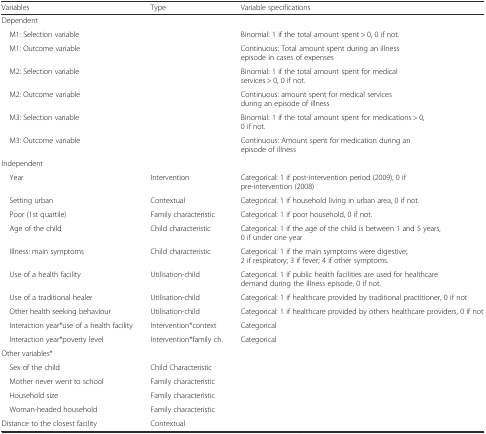
<table><thead><tr><td><b>Variables</b></td><td><b>Type</b></td><td><b>Variable specifications</b></td></tr></thead><tbody><tr><td>Dependent</td><td></td><td></td></tr><tr><td> M1: Selection variable</td><td></td><td>Binomial: 1 if the total amount spent &gt; 0, 0 if not.</td></tr><tr><td> M1: Outcome variable</td><td></td><td>Continuous: Total amount spent during an illness episode in cases of expenses</td></tr><tr><td> M2: Selection variable</td><td></td><td>Binomial: 1 if the total amount spent for medical services &gt; 0, 0 if not.</td></tr><tr><td> M2: Outcome variable</td><td></td><td>Continuous: amount spent for medical services during an episode of illness</td></tr><tr><td> M3: Selection variable</td><td></td><td>Binomial: 1 if the total amount spent for medications &gt; 0, 0 if not.</td></tr><tr><td> M3: Outcome variable</td><td></td><td>Continuous: Amount spent for medication during an episode of illness</td></tr><tr><td>Independent</td><td></td><td></td></tr><tr><td> Year</td><td>Intervention</td><td>Categorical: 1 if post-intervention period (2009), 0 if pre-intervention (2008)</td></tr><tr><td> Setting urban</td><td>Contextual</td><td>Categorical: 1 if household living in urban area, 0 if not.</td></tr><tr><td> Poor (1st quartile)</td><td>Family characteristic</td><td>Categorical: 1 if poor household, 0 if not.</td></tr><tr><td> Age of the child</td><td>Child characteristic</td><td>Categorical: 1 if the age of the child is between 1 and 5 years, 0 if under one year</td></tr><tr><td> Illness: main symptoms</td><td>Child characteristic</td><td>Categorical: 1 if the main symptoms were digestive; 2 if respiratory; 3 if fever; 4 if other symptoms.</td></tr><tr><td> Use of a health facility</td><td>Utilisation-child</td><td>Categorical: 1 if public health facilities are used for healthcare demand during the illness episode, 0 if not.</td></tr><tr><td> Use of a traditional healer</td><td>Utilisation-child</td><td>Categorical: 1 if healthcare provided by traditional practitioner, 0 if not</td></tr><tr><td> Other health seeking behaviour</td><td>Utilisation-child</td><td>Categorical: 1 if healthcare provided by others healthcare providers, 0 if not</td></tr><tr><td> Interaction year*use of a health facility</td><td>Intervention*context</td><td>Categorical</td></tr><tr><td> Interaction year*poverty level</td><td>Intervention*family ch.</td><td>Categorical</td></tr><tr><td>Other variables*</td><td></td><td></td></tr><tr><td> Sex of the child</td><td>Child Characteristic</td><td></td></tr><tr><td> Mother never went to school</td><td>Family characteristic</td><td></td></tr><tr><td> Household size</td><td>Family characteristic</td><td></td></tr><tr><td> Woman-headed household</td><td>Family characteristic</td><td></td></tr><tr><td>Distance to the closest facility</td><td>Contextual</td><td></td></tr></tbody></table>